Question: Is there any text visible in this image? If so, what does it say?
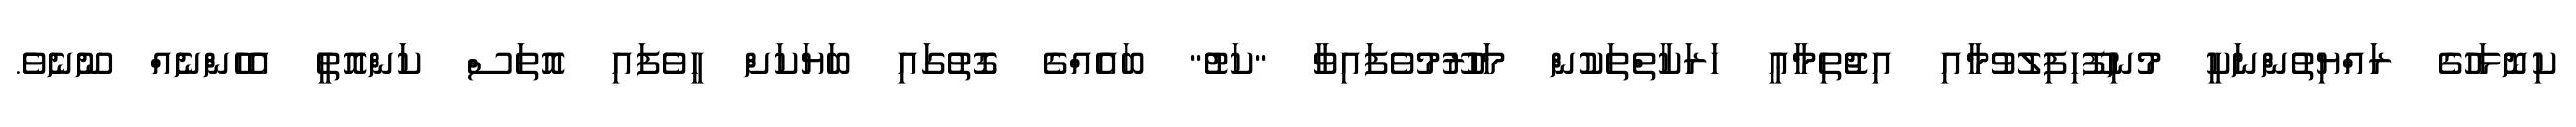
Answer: ކިނޮޅަހުގެ ރައްޔިތުންނަކީ މުނިފޫހިފިލުވުމާއި އިޖުތިމާޢީ ހަރަކާތްތަކުން މަހުރޫމުވެފައިވާ "ކަޓު" ބައެއްގެ ގޮތުގައި ބަޔަކަށް ހީވެފައި އޮތަސް ކަންއޮތީ އެހެންނެއް ނޫނެވެ.